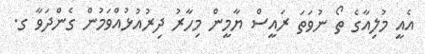
އެއީ މުލިއާގެ ތޯ ނުވަތަ ރައީސް ޔާމީން މިހާރު ދިރުއުޅުއްވަމުން ގެންދަވާ ގ.